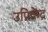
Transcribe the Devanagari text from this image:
उप्रिकेंद्र